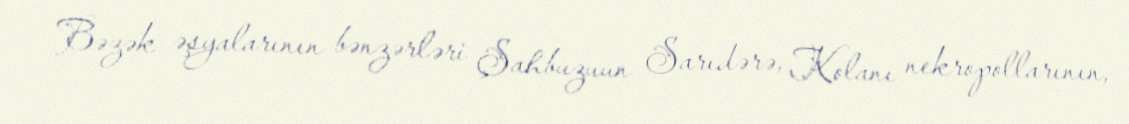
Bəzək əşyalarının bənzərləri Şahbuzuun Sarıdərə, Kolanı nekropollarının,